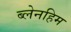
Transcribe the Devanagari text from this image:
ब्लेनहिम